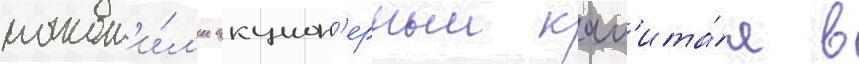
накоп'и́л'и акцион'ерныи кап'ита́л в